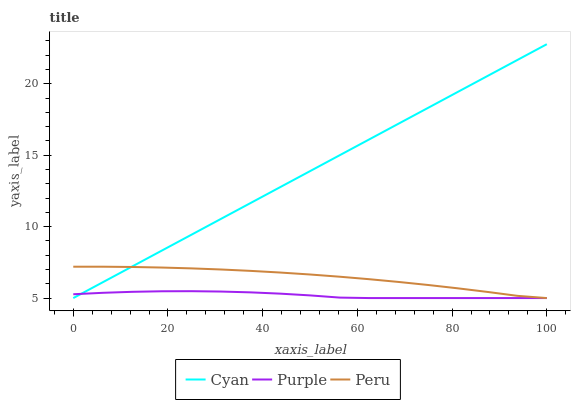
| xaxis_label | Cyan | Purple | Peru |
 | --- | --- | --- | --- |
 | 0 | 5 | 5.27 | 7.2 |
 | 6.25 | 6.11 | 5.37 | 7.2 |
 | 12.5 | 7.22 | 5.44 | 7.18 |
 | 18.8 | 8.33 | 5.48 | 7.14 |
 | 25 | 9.44 | 5.48 | 7.08 |
 | 31.2 | 10.6 | 5.46 | 7 |
 | 37.5 | 11.7 | 5.4 | 6.9 |
 | 43.8 | 12.8 | 5.31 | 6.79 |
 | 50 | 13.9 | 5.19 | 6.65 |
 | 56.2 | 15 | 5.03 | 6.5 |
 | 62.5 | 16.1 | 5 | 6.32 |
 | 68.8 | 17.2 | 5 | 6.13 |
 | 75 | 18.3 | 5 | 5.91 |
 | 81.2 | 19.4 | 5 | 5.68 |
 | 87.5 | 20.6 | 5 | 5.43 |
 | 93.8 | 21.7 | 5 | 5.16 |
 | 100 | 22.8 | 5 | 5 |